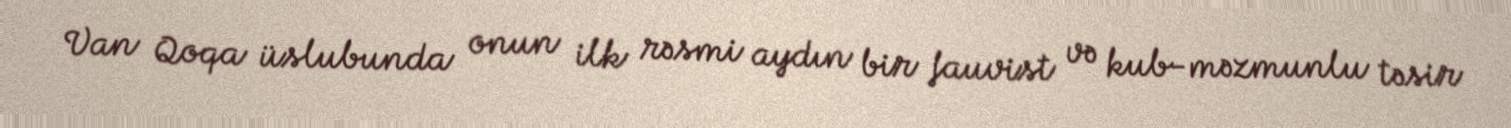
Van Qoqa üslubunda onun ilk rəsmi aydın bir fauvist və kub-məzmunlu təsir